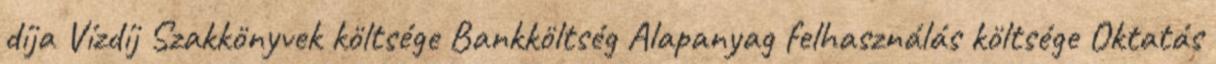
díja Vízdíj Szakkönyvek költsége Bankköltség Alapanyag felhasználás költsége Oktatás